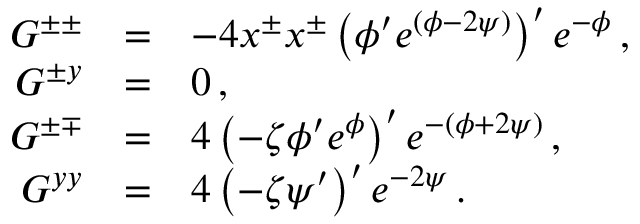
\begin{array} { r c l } { { G ^ { \pm \pm } } } & { { = } } & { { - 4 x ^ { \pm } x ^ { \pm } \left( \phi ^ { \prime } e ^ { ( \phi - 2 \psi ) } \right) ^ { \prime } e ^ { - \phi } \, , } } \\ { { G ^ { \pm y } } } & { { = } } & { { 0 \, , } } \\ { { G ^ { \pm \mp } } } & { { = } } & { { 4 \left( - \zeta \phi ^ { \prime } e ^ { \phi } \right) ^ { \prime } e ^ { - ( \phi + 2 \psi ) } \, , } } \\ { { G ^ { y y } } } & { { = } } & { { 4 \left( - \zeta \psi ^ { \prime } \right) ^ { \prime } e ^ { - 2 \psi } \, . } } \end{array}